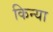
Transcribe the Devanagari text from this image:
किन्या